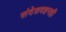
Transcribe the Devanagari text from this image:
संदेशवहनही